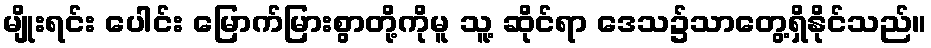
မျိုးရင်း ပေါင်း မြောက်မြားစွာတို့ကိုမူ သူ့ ဆိုင်ရာ ဒေသ၌သာတွေ့ရှိနိုင်သည်။